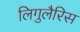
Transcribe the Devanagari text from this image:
लिगुलैरिस